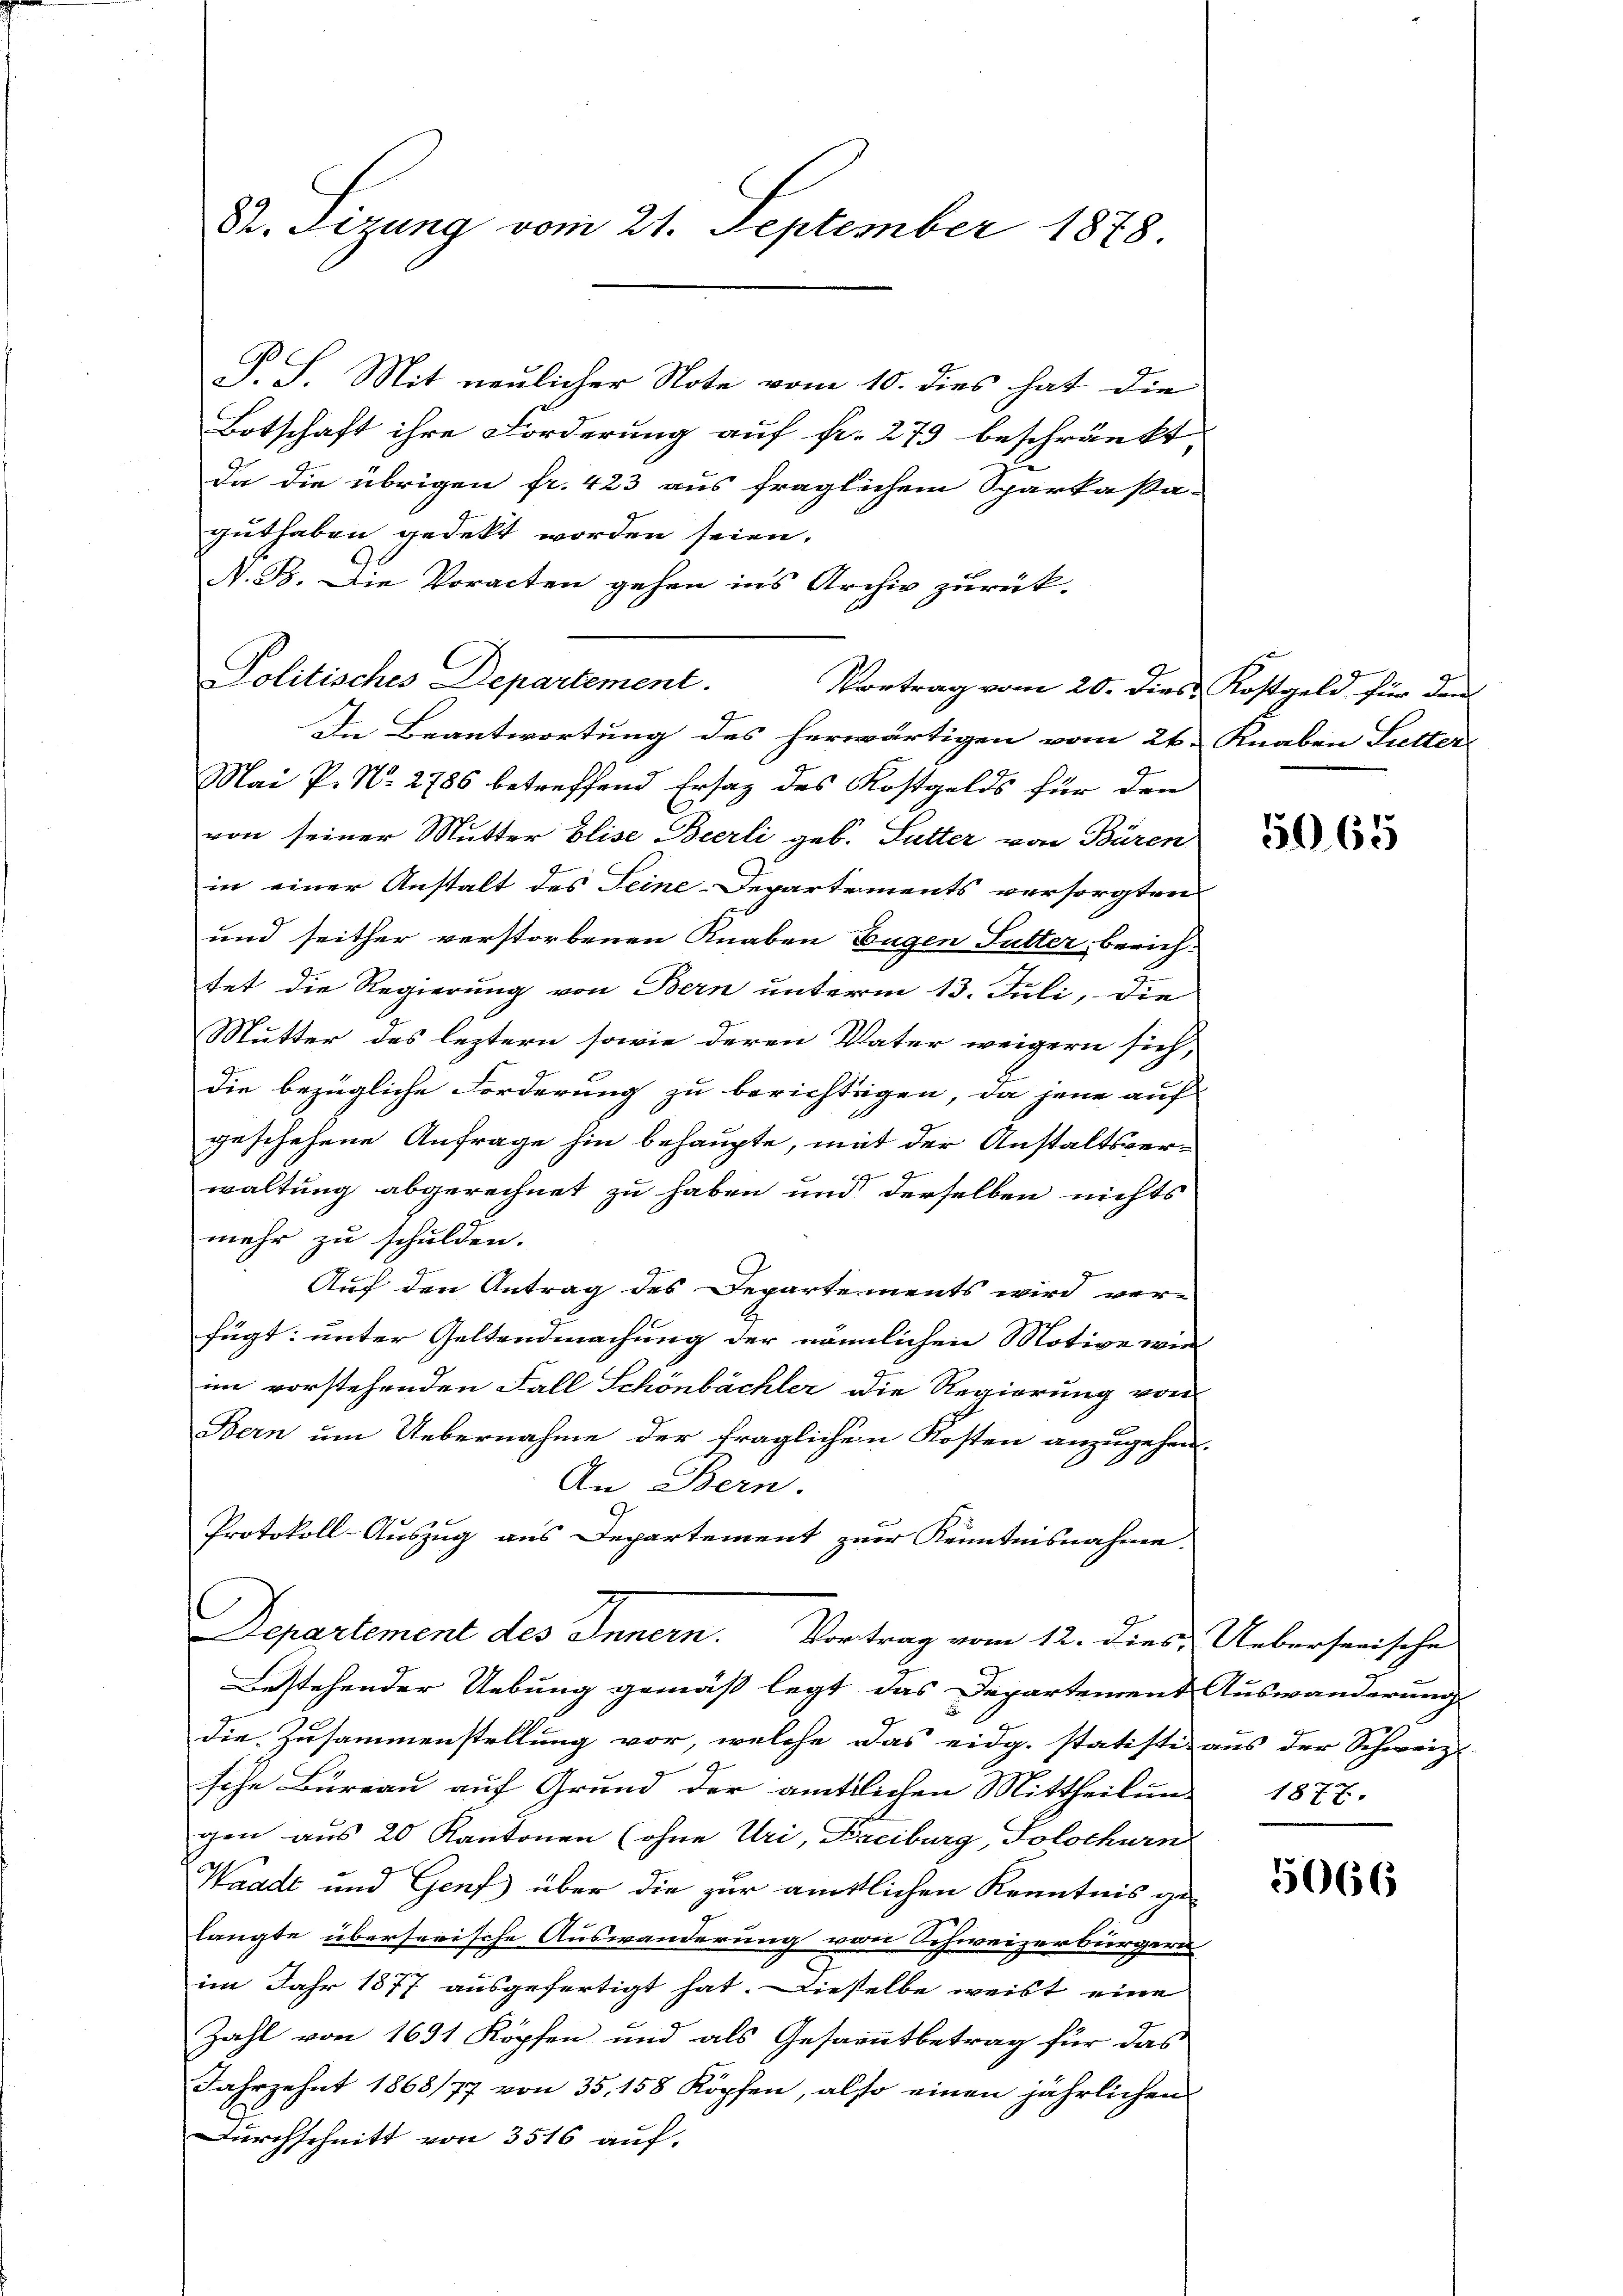
82. Sizung vom 21. September 1878.

P.S. Mit neulicher Note vom 10. dies hat die
Botschaft ihre Forderung auf fr. 279 beschränkt
da die übrigen fr. 423 aus fraglichem Sparkaßa-
guthaben gedekt worden seien.
A. B. Die Voracten gehen ins Archiv zurück.
Politisches Departement.
In Beantwortung des herwärtigen vom 26. Knaben Sutter
Mai P. N. 2786 betreffend Ersatz des Kostgelds für den
von seiner Mutter Elise Bierli geb. Sutter von Bären
in einer Anstalt des Seine-Departements versorgten
und seither verstorbenen Knaben Eugen Sutter, berich-
tet die Regierung von Bern unterm 13. Juli, die
Mutter des leztern sowie deren Vater weigern sich,
die bezügliche Forderung zu berichtigen, da jene auf
geschehene Anfrage hin behaupte, mit der Anstaltsver¬
9
waltung abgerechnet zu haben und derselben nichts
mehr zu schulden.
Auf den Antrag des Departements wird ver-
fügt: unter Geltendmachung der nämmlichen Motive wie
im vorstehenden Fall Schönbächler die Regierung von
Bern um Uebernahme der fraglichen Kosten anzugehen.
An Bern.
Protokoll-Auszug aus Departement zur Kenntnisnahme
Departement des Innern. Vortrag vom 12. dies & Ueberserische
Bestehender Uebung gemäß legt das Departement Auswanderung
die Zusammenstellung vor, welche das eidg. statiste aus der Schweiz
sche Büreau auf Grund der amtlichen Mittheilung 1877.
gen aus 20 Kantonen (ohne Uri, Freiburg, Solothurn
Waadt und Genf) über die zur amtlichen Kenntnis gelangte überseeische Auswanderung von Schweizerbürger
im Jahr 1877 ausgefertigt hat. Dieselbe weist eine
Zahl von 1631 Kopfen und als Gesammtbetrag für das
Jahrzehnt 1868/77 von 35. 158 Köpfen, also einen jährlichen
Durchschnitt von 3516 auf.

Vortrag vom 20. dies Kostgeld für den

1965

5066